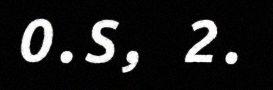
O.S, 2.